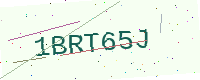
Text: 1BRT65J